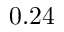
0 . 2 4